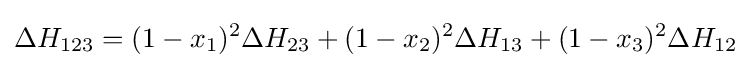
\Delta H_{123}=(1-x_{1})^{2}\Delta H_{23}+(1-x_{2})^{2}\Delta H_{13}+(1-x_{3})^{2}\Delta H_{12}